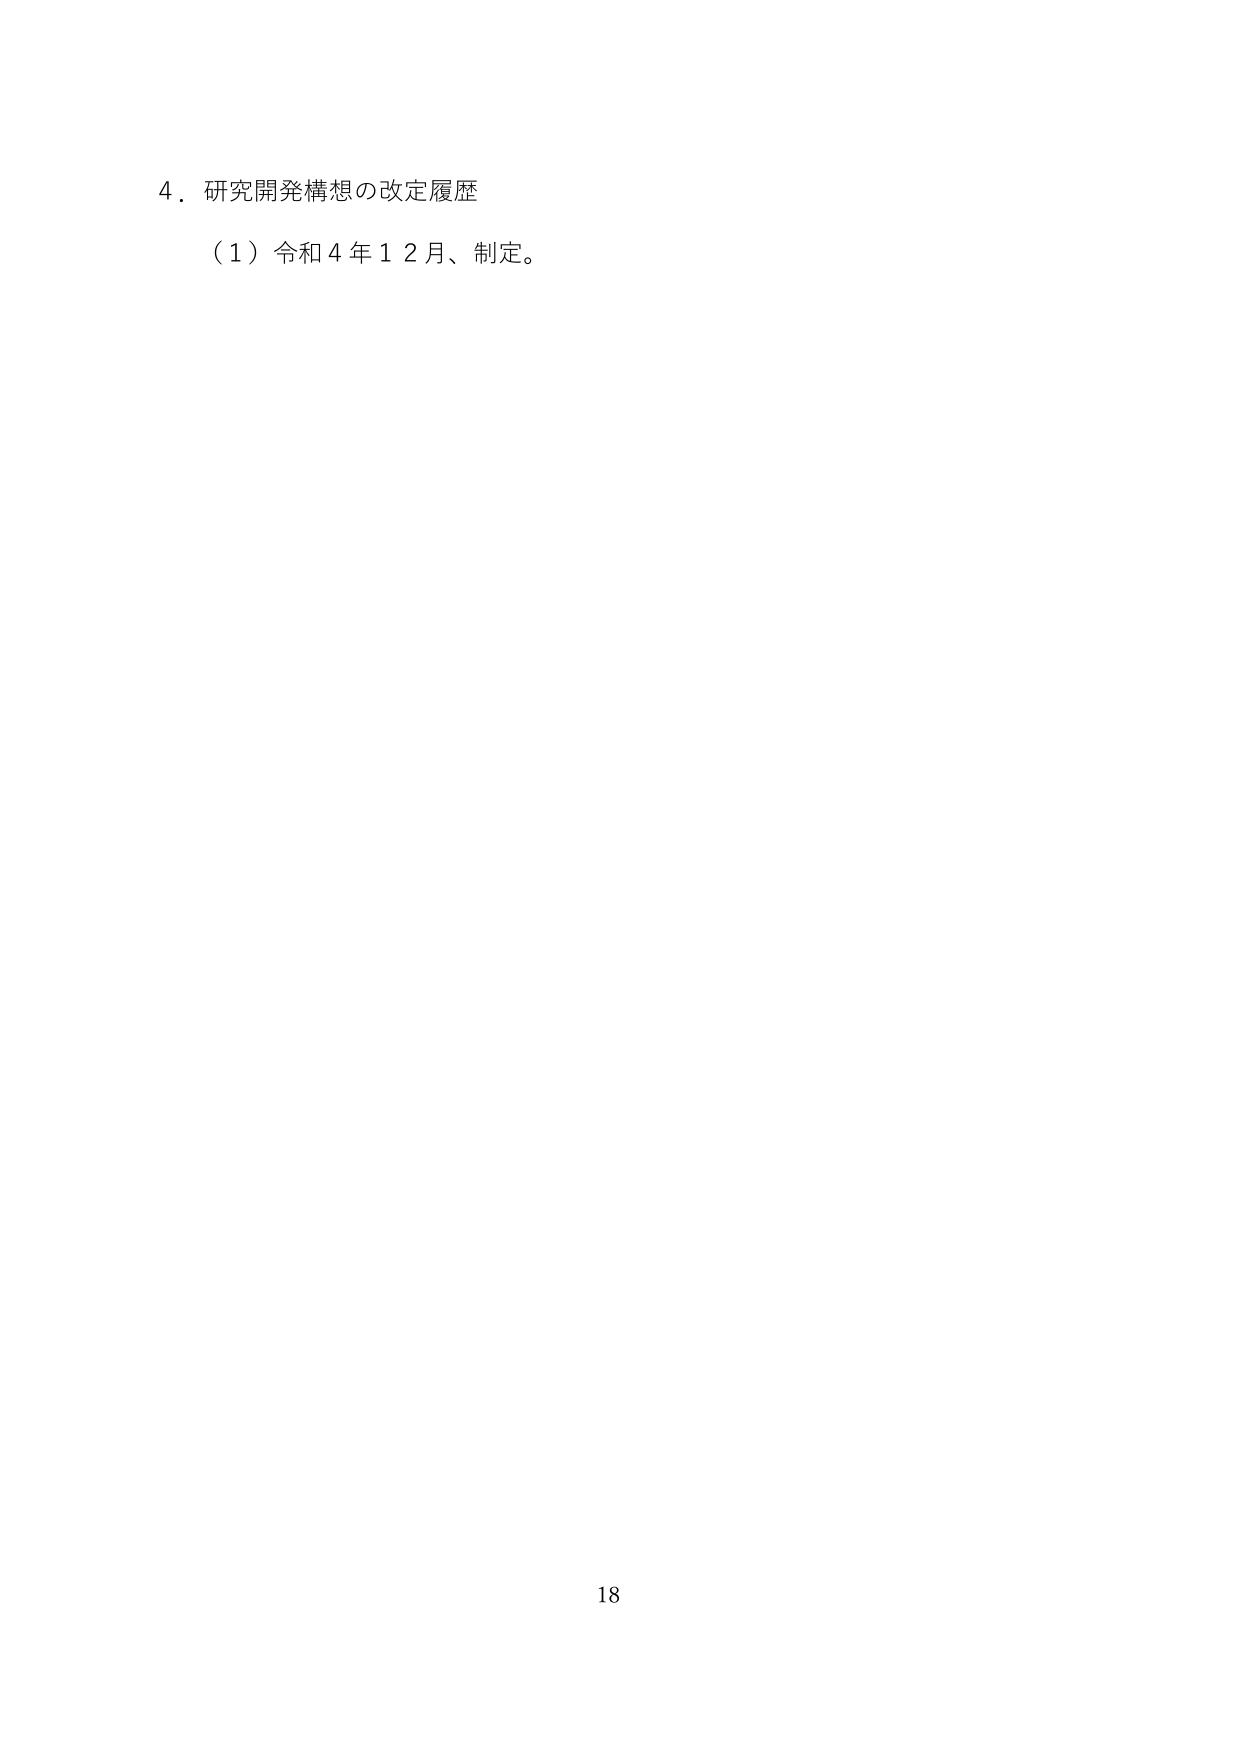
4．研究開発構想の改定履歴
（1）令和4年12月、制定。
18